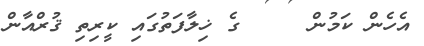
އެހެން ކަމުން     ގެ ޚިލާފަތުގައި ކީރިތި ޤުރްއާން